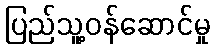
ပြည်သူ့ဝန်ဆောင်မှု